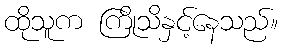
ထိုသူက ကြိုသိနှင့်နေသည်။